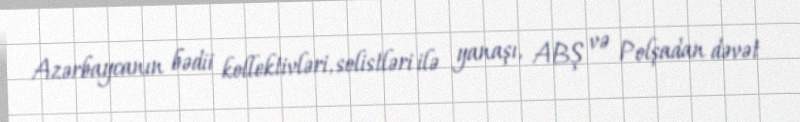
Azərbaycanın bədii kollektivləri, solistləri ilə yanaşı, ABŞ və Polşadan dəvət